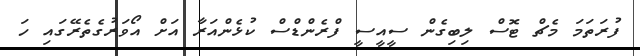
ފުރަތަމަ މެޗް ޓޮސް ލިބިގެން ސީއީސީ ފްރެންޑްސް ކުޅެންއަރާ އަށް އޯވަރުގެތެރޭގައި ހަ